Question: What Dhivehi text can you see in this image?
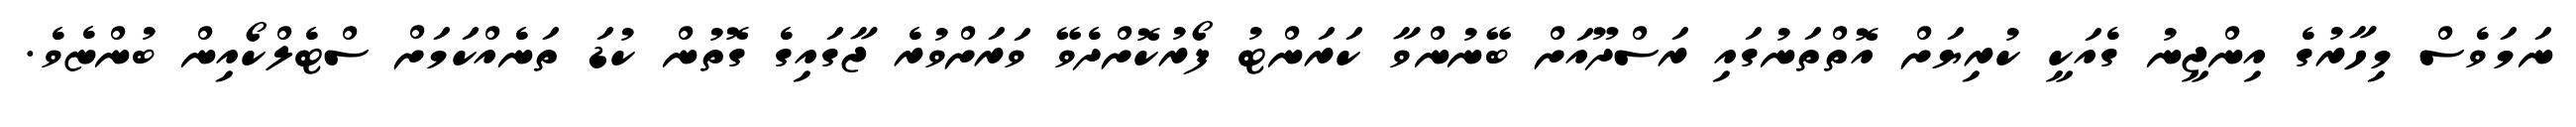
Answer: ނަމަވެސް މިހާރުގެ އިންޖީނު ގެއަކީ ކުރިޔަށް އޮތްތަނުގައި ރަސްދޫއަށް ބޭނުންވާ ކަރަންޓު ފޯރުކޮށްދެވޭ ވަރަށްވުރެ ޖާގައިގެ ގޮތުން ކުޑަ ތަނެއްކަމަށް ސްޓެލްކޯއިން ބުންޏެވެ.